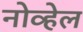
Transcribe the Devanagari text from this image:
नोव्हेल